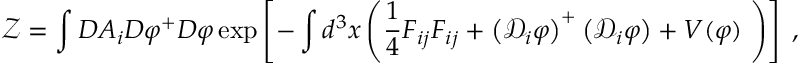
\mathcal { Z = } \int D A _ { i } D \varphi ^ { + } D \varphi \exp \left[ - \int d ^ { 3 } x \left( \frac { 1 } { 4 } F _ { i j } F _ { i j } + \left( \mathcal { D } _ { i } { \varphi } \right) ^ { + } \left( \mathcal { D } _ { i } { \varphi } \right) + V ( \varphi ) \; \right) \right] \; ,